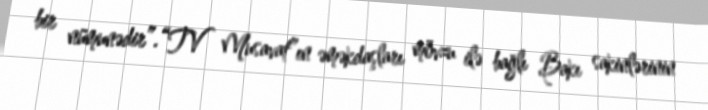
bir nümunədir”.“TV Musavat”ın əməkdaşları mövzu ilə bağlı Bakı sakinlərinin